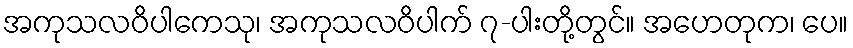
အကုသလဝိပါကေသု၊ အကုသလဝိပါက် ၇-ပါးတို့တွင်။ အဟေတုက၊ ပေ။